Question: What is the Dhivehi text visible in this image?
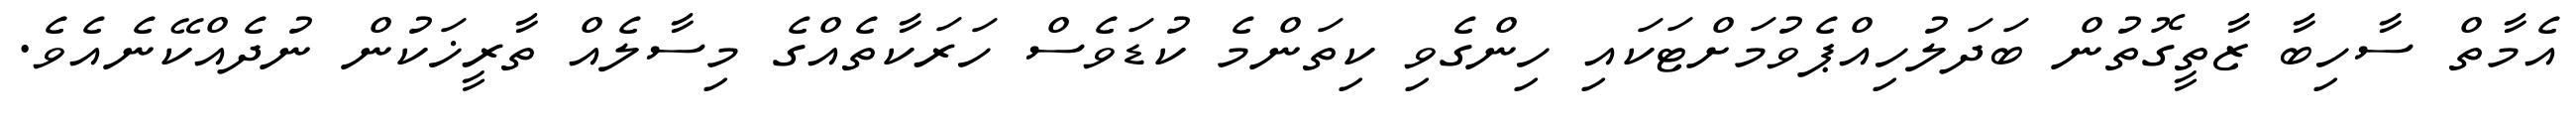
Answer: އެމާތް ސާހިބާ ޒާތީގޮތުން ބަދަލުހިއްޕެވުމަށްޓަކައި ހިންގެވި ކިތަންމެ ކުޑަވެސް ހަރަކާތެއްގެ މިސާލެއް ތާރީޚަކުން ނުދެއްކޭނެއެވެ.